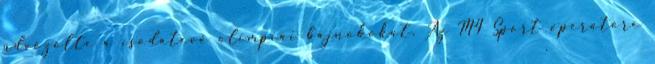
üdvözölte a csodatevő olimpiai bajnokokat. Az M4 Sport operatőre